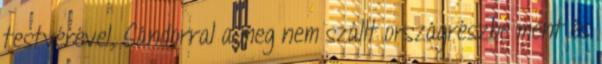
testvérével, Sándorral a meg nem szállt országrészbe ment és